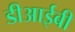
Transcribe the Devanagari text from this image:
डीआईबी